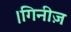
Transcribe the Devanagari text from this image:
।गिनीज़